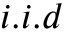
i . i . d